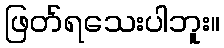
ဖြတ်ရသေးပါဘူး။